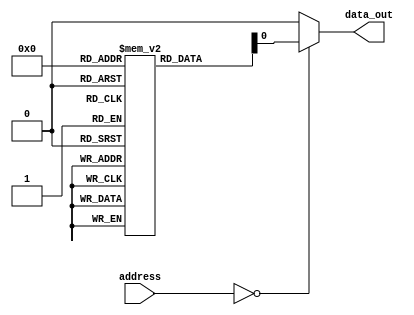
module anti_fuse_ROM (
    input wire [7:0] address,
    output reg data_out
);

reg [7:0] memory [0:255];
initial begin
    memory[0] = 8'b11001100;
    // Initialize other memory locations as needed
end

always @(*) begin
    case(address)
        8'b00000000: data_out = memory[0];
        // Implement address decoding logic for other memory locations
        default: data_out = 8'b00000000; // default value when address is not specified
    endcase
end

endmodule